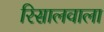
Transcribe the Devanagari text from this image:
रिसालवाला